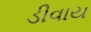
ડીવાય